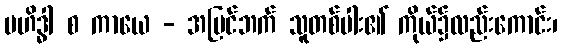
ဗဟိဒ္ဓါ စ ကာယေ - အပြင်ဘက် သူတစ်ပါး၏ ကိုယ်၌လည်းကောင်း၊